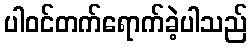
ပါဝင်တက်ရောက်ခဲ့ပါသည်